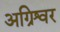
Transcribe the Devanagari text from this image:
अग्रिश्वर